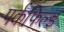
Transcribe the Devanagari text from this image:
पर्कफिल्ड